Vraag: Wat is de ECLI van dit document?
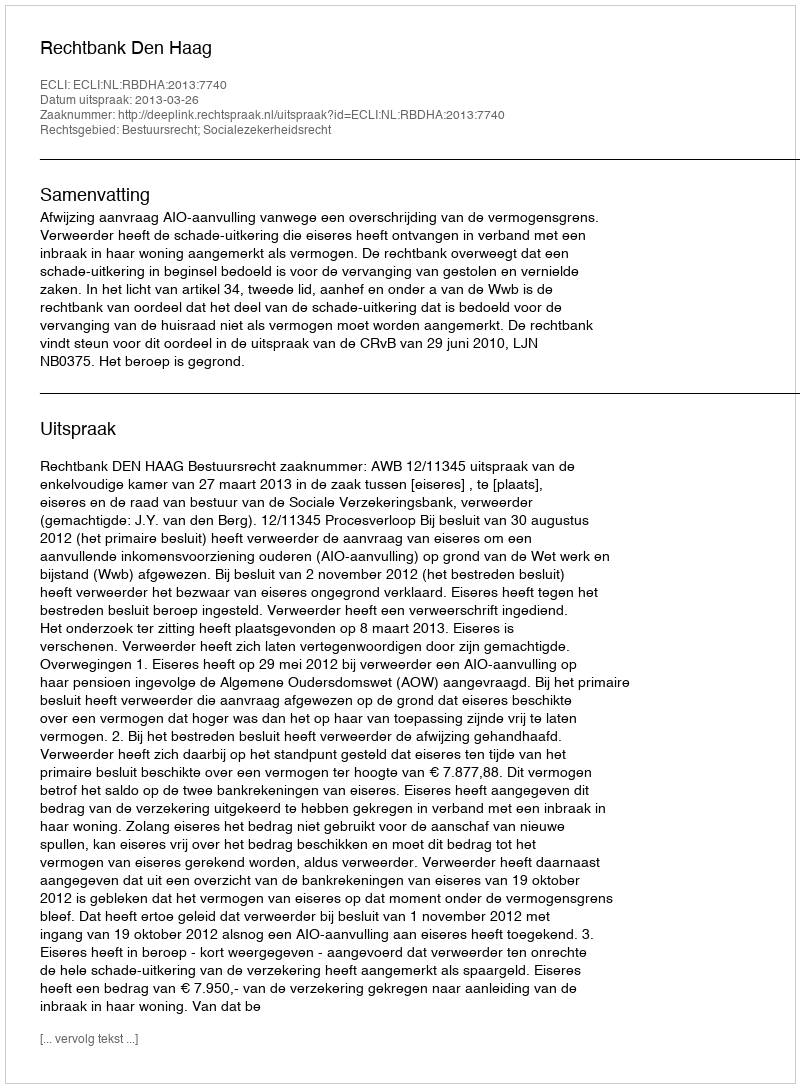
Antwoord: ECLI:NL:RBDHA:2013:7740